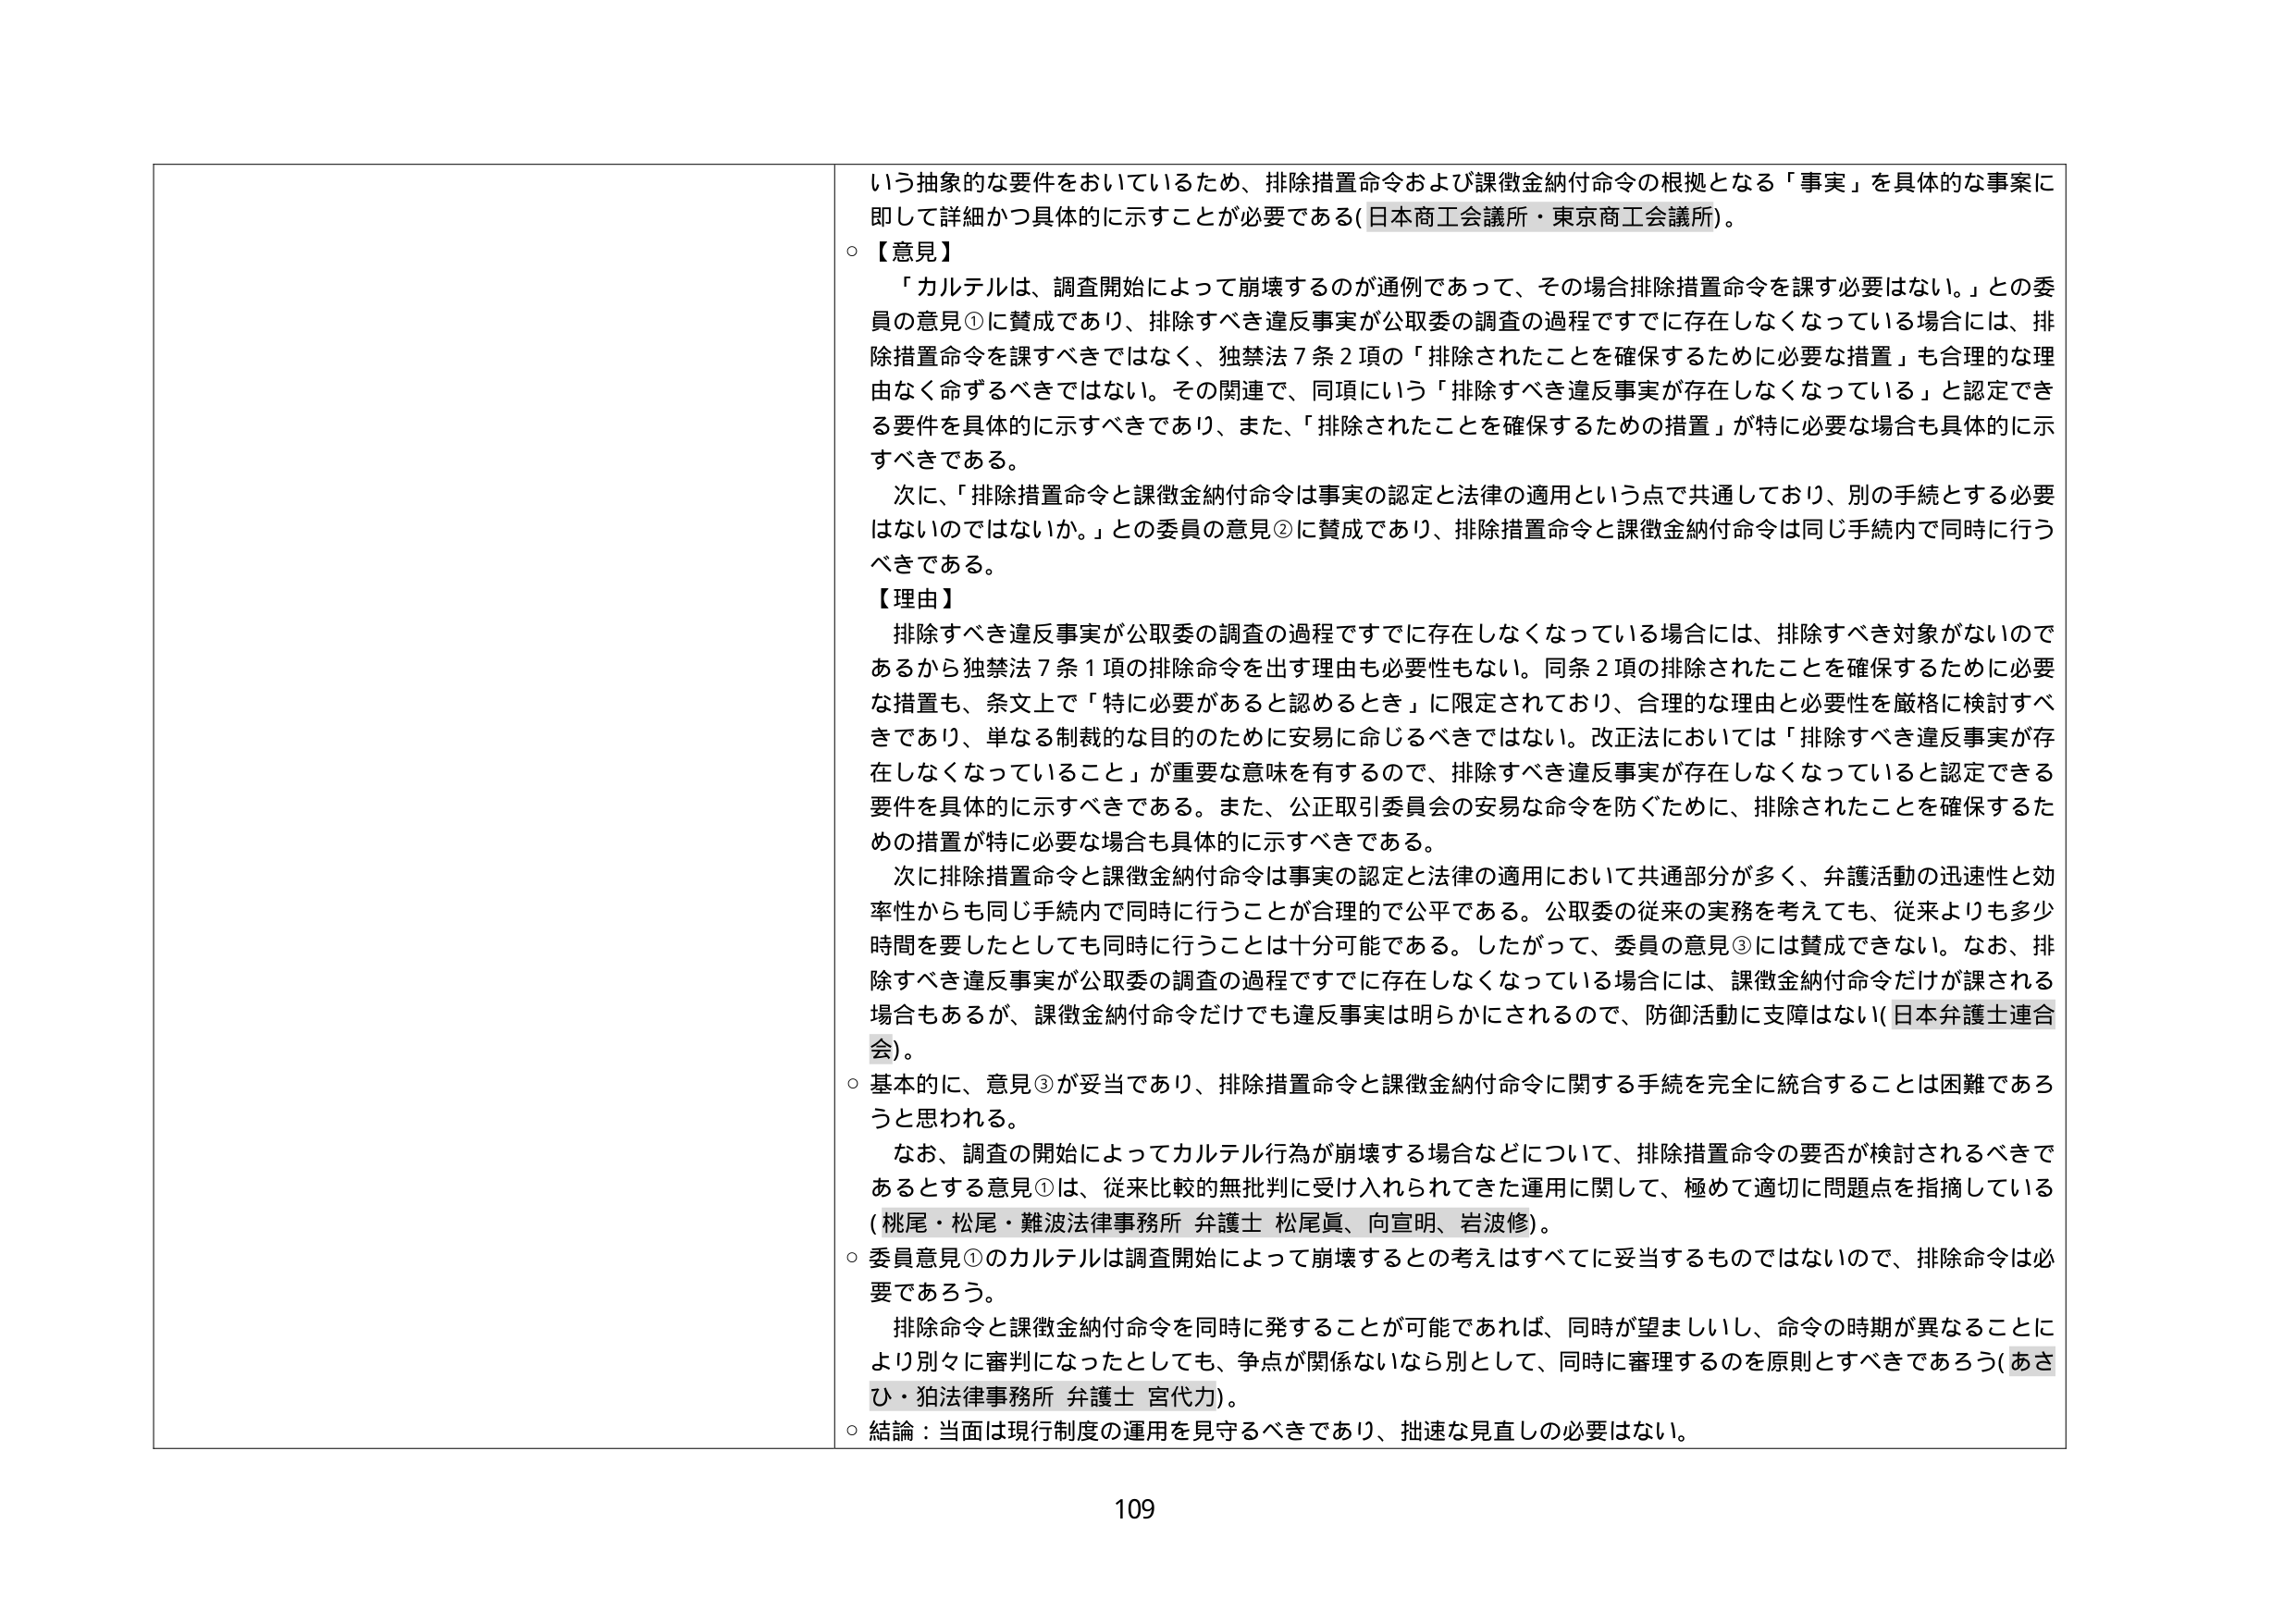
いう抽象的な要件をおいているため、排除措置命令および課徴金納付命令の根拠となる「事実」を具体的な事案に即して詳細かつ具体的に示すことが必要である（日本商工会議所・東京商工会議所）。

○【意見】
「カルテルは、調査開始によって崩壊するのが通例であって、その場合排除措置命令を課す必要はない。」との委員の意見①に賛成であり、排除すべき違反事実が公取委の調査の過程ですでに存在しなくなっている場合には、排除措置命令を課すべきではなく、独禁法７条２項の「排除されたことを確保するために必要な措置」も合理的な理由なく命ずるべきではない。その関連で、同項にいう「排除すべき違反事実が存在しなくなっている」と認定できる要件を具体的に示すべきであり、また、「排除されたことを確保するための措置」が特に必要な場合も具体的に示すべきである。

次に、「排除措置命令と課徴金納付命令は事実の認定と法律の適用という点で共通しており、別の手続とする必要はないのではないか。」との委員の意見②に賛成であり、排除措置命令と課徴金納付命令は同じ手続内で同時に行うべきである。

【理由】
排除すべき違反事実が公取委の調査の過程ですでに存在しなくなっている場合には、排除すべき対象がないのであるから独禁法７条１項の排除命令を出す理由も必要性もない。同条２項の排除されたことを確保するために必要な措置も、条文上で「特に必要があると認めるとき」に限定されており、合理的な理由と必要性を厳格に検討すべきであり、単なる制裁的な目的のために安易に命じるべきではない。改正法においては「排除すべき違反事実が存在しなくなっていること」が重要な意味を有するので、排除すべき違反事実が存在しなくなっていると認定できる要件を具体的に示すべきである。また、公正取引委員会の安易な命令を防ぐために、排除されたことを確保するための措置が特に必要な場合も具体的に示すべきである。

次に排除措置命令と課徴金納付命令は事実の認定と法律の適用において共通部分が多く、弁護活動の迅速性と効率性からも同じ手続内で同時に行うことが合理的で公平である。公取委の従来の実務を考えても数、従来よりも多少時間を要したとしても同時に行うことは十分可能である。したがって、委員の意見③には賛成できない。なお、排除すべき違反事実が公取委の調査の過程ですでに存在しなくなっている場合には、課徴金納付命令だけが課される場合もあるが、課徴金納付命令だけでも違反事実は明らかにされるので、防御活動に支障はない（日本弁護士連合会）。

○基本的に、意見③が妥当であり、排除措置命令と課徴金納付命令に関する手続を完全に統合することは困難であるうと思われる。

なお、調査の開始によってカルテル行為が崩壊する場合などについて、排除措置命令の要否が検討されるべきであるとする意見①は、従来比較的無批判に受け入れられてきた運用に関して、極めて適切に問題点を指摘している（桃尾・松尾・難波法律事務所 弁護士 松尾眞、向宣明、岩波修）。

○委員意見①のカルテルは調査開始によって崩壊するとの考えはすべてに妥当するものではないので、排除命令は必要であろう。

排除命令と課徴金納付命令を同時に発することが可能であれば、同時が望ましいし、命令の時期が異なることにより別々に審判になったとしても、争点が関係ないなら別として、同時に審理するのを原則とすべきであろう（あさひ・狛法律事務所 弁護士 宮代力）。

○結論：当面は現行制度の運用を見守るべきであり、拙速な見直しの必要はない。

109